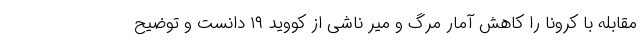
مقابله با کرونا را کاهش آمار مرگ و میر ناشی از کووید ۱۹ دانست و توضیح